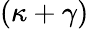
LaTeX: (\kappa+\gamma)